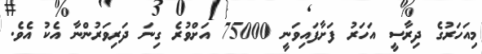
މިއަހަރުގެ ދިރާސީ އަހަރު ފަށާފައިވަނީ 75000 އަށްވުރެ ގިނަ ދަރިވަރުންނާ އެކު އެވެ.